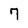
Character: 7